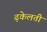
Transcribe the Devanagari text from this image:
ढ़केलती